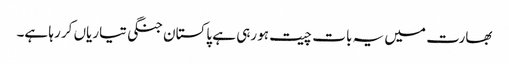
بھارت میں یہ بات چیت ہو رہی ہے پاکستان جنگی تیاریاں کر رہا ہے۔